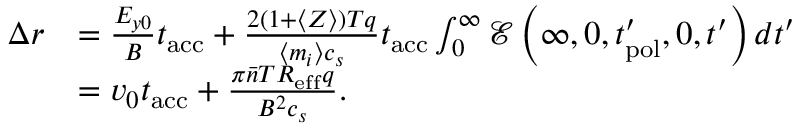
\begin{array} { r l } { \Delta r } & { = \frac { E _ { y 0 } } { B } t _ { \mathrm { a c c } } + \frac { 2 ( 1 + \langle Z \rangle ) T q } { \langle m _ { i } \rangle c _ { s } } t _ { \mathrm { a c c } } \int _ { 0 } ^ { \infty } \mathcal { E } \left( \infty , 0 , t _ { \mathrm { p o l } } ^ { \prime } , 0 , t ^ { \prime } \right) d t ^ { \prime } } \\ & { = v _ { 0 } t _ { \mathrm { a c c } } + \frac { \pi \bar { n } T R _ { \mathrm { e f f } } q } { B ^ { 2 } c _ { s } } . } \end{array}